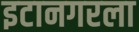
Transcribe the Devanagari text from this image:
इटानगरला